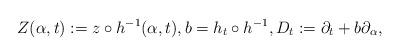
LaTeX: \begin{align*}Z(\alpha,t):=z\circ h^{-1}(\alpha,t),b=h_t\circ h^{-1}, D_t:=\partial_t+b\partial_{\alpha},\end{align*}